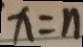
x = n